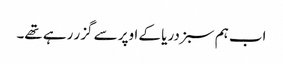
اب ہم سبز دریا کے اوپر سے گزر رہے تھے۔